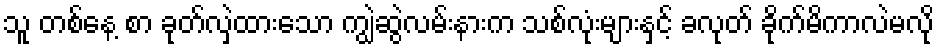
သူ တစ်နေ့ စာ ခုတ်လှဲထားသော ကျွဲဆွဲလမ်းနားက သစ်လုံးများနှင့် ခလုတ် ခိုက်မိကာလဲမလို